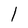
Character: 1